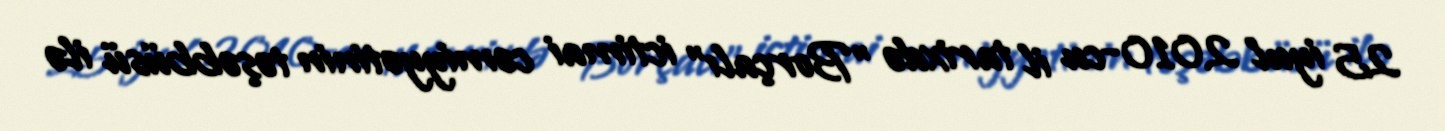
25 iyul 2010-cu il tarixdə "Borçalı" ictimai cəmiyyətinin təşəbbüsü ilə